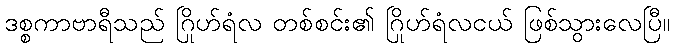
ဒစ္စကာဗာရီသည် ဂြိုဟ်ရံလ တစ်စင်း၏ ဂြိုဟ်ရံလငယ် ဖြစ်သွားလေပြီ။